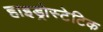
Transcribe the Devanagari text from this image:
हाइड्रोस्टेटिक